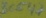
Text: 30047